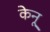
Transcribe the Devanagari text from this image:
केनू